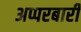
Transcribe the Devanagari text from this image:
अप्परबारी